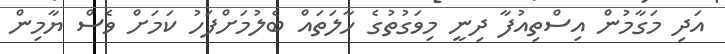
އަދި މަގާމުން އިސްތިއުފާ ދިނީ މިވަގުތުގެ ހާލަތައް ބެލުމަށްފަހު ކަމަށް ވެސް ޔާމިން